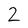
Character: 2